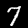
Digit: 7